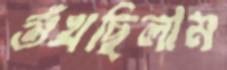
শুঁখছিলাম